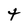
Character: t